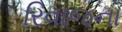
રિવાજના